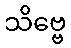
သိဗ္ဗေ